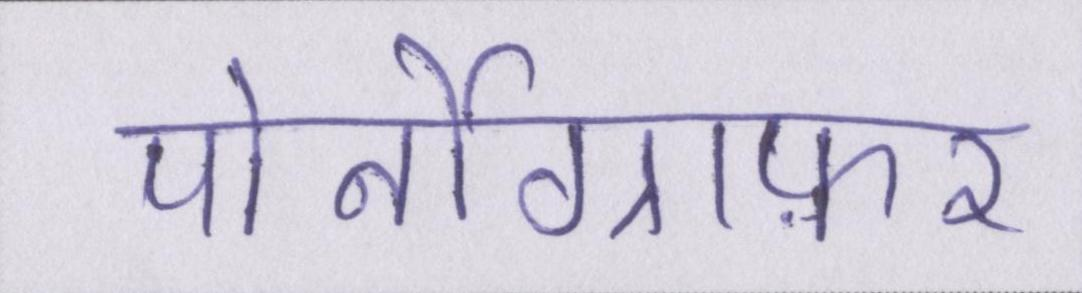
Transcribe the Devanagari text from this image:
पोर्नोग्राफ़र